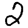
Digit: 2